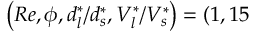
\left( R e , \phi , d _ { l } ^ { * } / d _ { s } ^ { * } , V _ { l } ^ { * } / V _ { s } ^ { * } \right) = ( 1 , 1 5 \